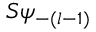
S \psi _ { - ( l - 1 ) }